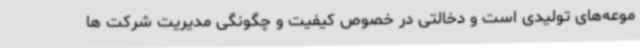
موعه‌های تولیدی است و دخالتی در خصوص کیفیت و چگونگی مدیریت شرکت ها